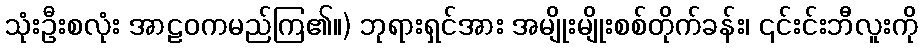
သုံးဦးစလုံး အာဠဝကမည်ကြ၏။) ဘုရားရှင်အား အမျိုးမျိုးစစ်တိုက်ခန်း၊ ၎င်းင်းဘီလူးကို